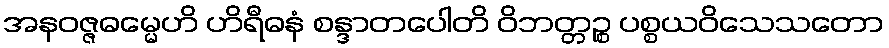
အနဝဇ္ဇဓမ္မေဟိ ဟိရီဓနံ စန္ဒာတပေါတိ ဝိဘတ္တဉ္စ ပစ္စယဝိသေသတော